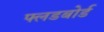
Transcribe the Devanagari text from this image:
फ्लडबोर्ड